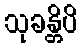
သုခန္တိပိ